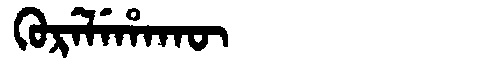
Manchu: ᡴᡠᡵᡝᠯᡝᡥᠠᡴᡡ
Romanization: KURELEHAKŪ